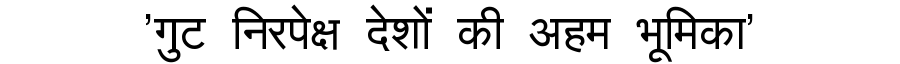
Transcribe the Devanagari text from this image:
'गुट निरपेक्ष देशों की अहम भूमिका'